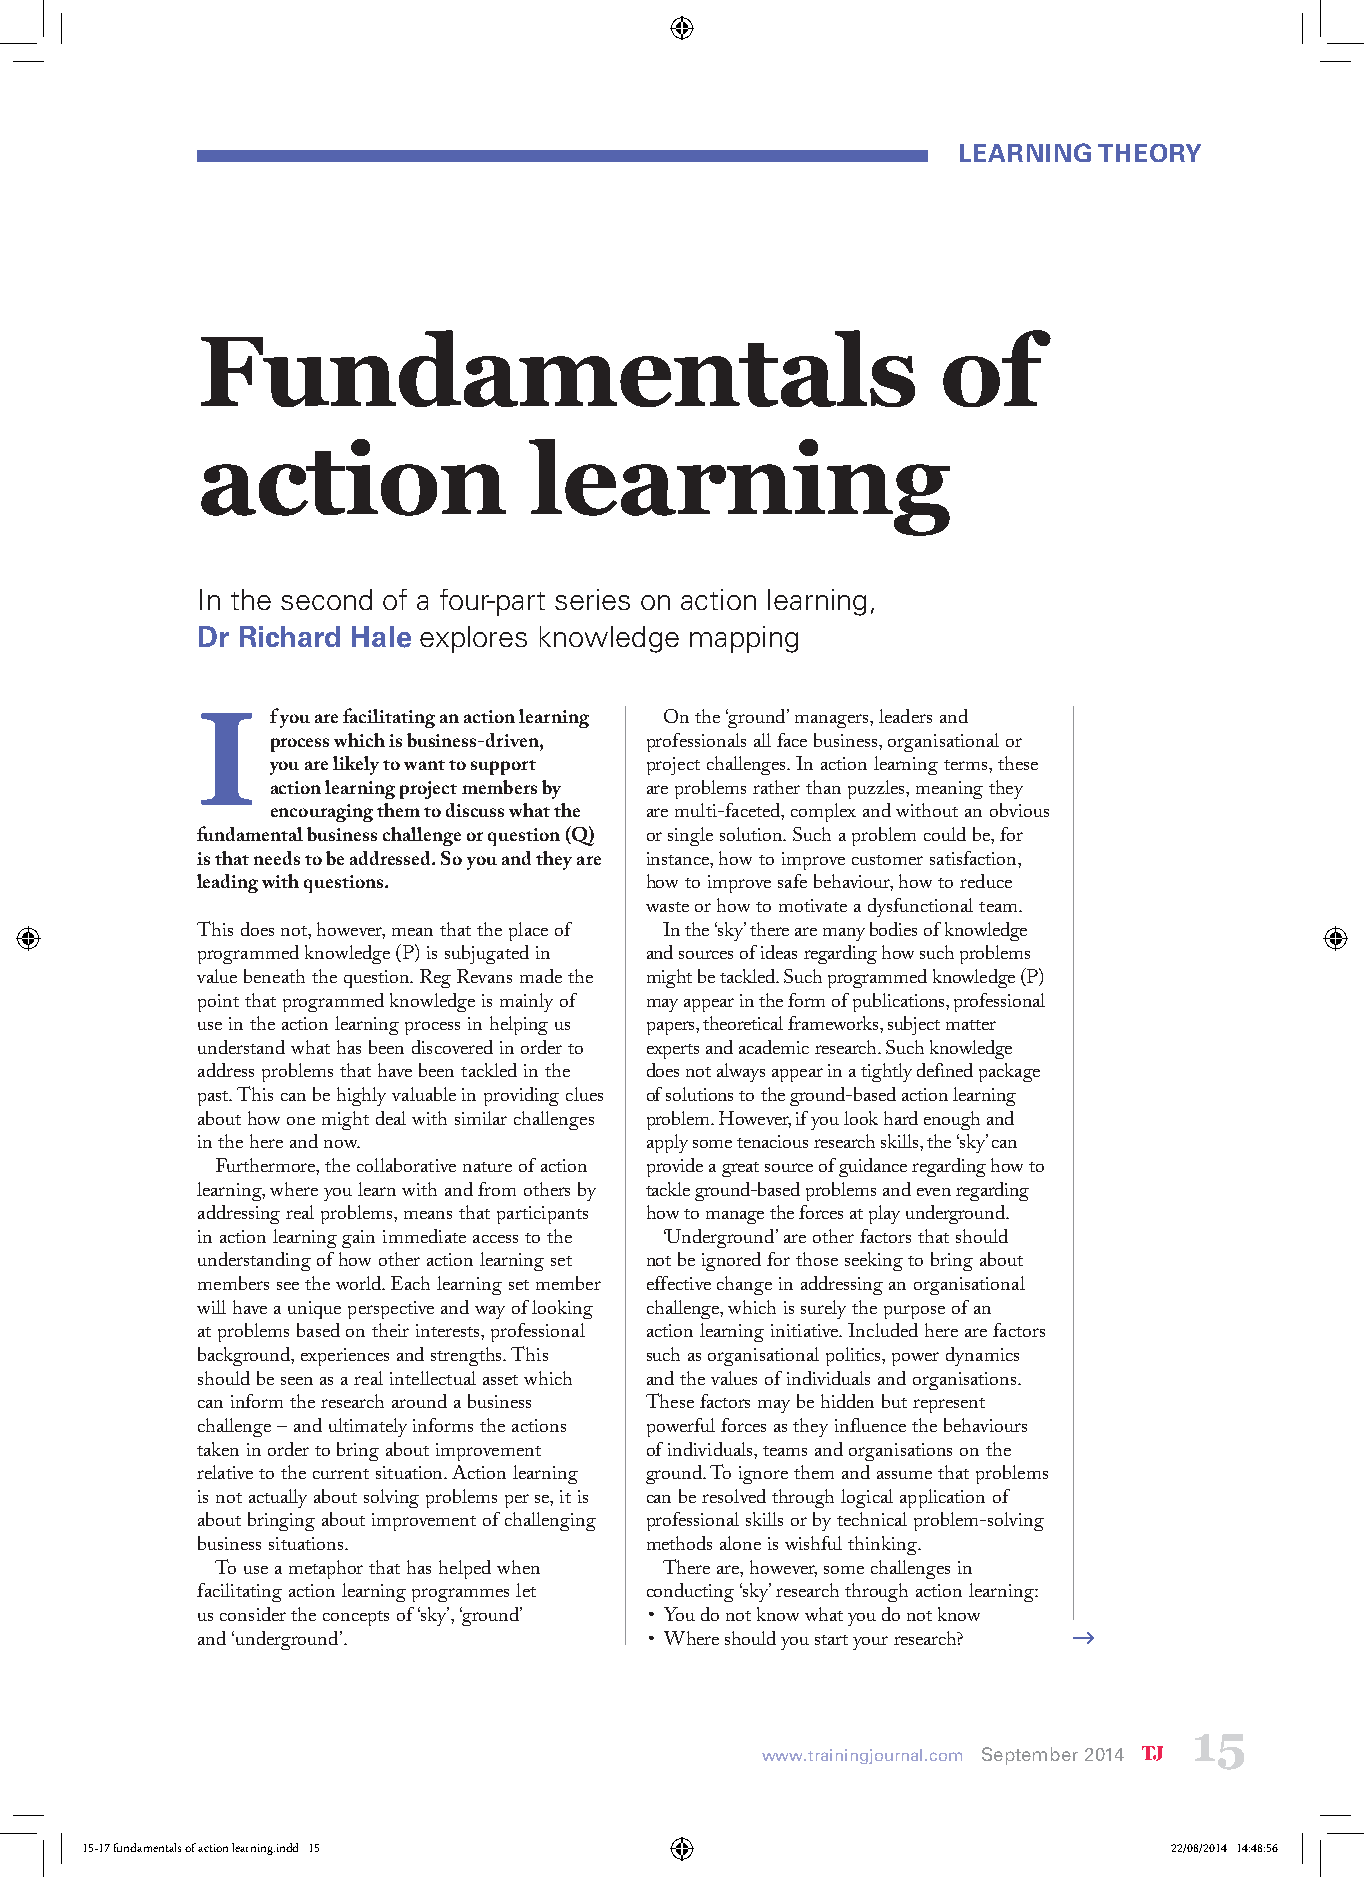
Learning  theory
 Fundamentals                                     of
 action                learning
 In the second of a four-part series on action learning,
 Dr Richard Hale explores knowledge mapping
 I    f you are facilitating an action learning On the ‘ground’ managers, leaders and
 process which is business-driven, professionals all face business, organisational or
 you are likely to want to support project challenges. In action learning terms, these
 action learning project members by are problems rather than puzzles, meaning they
 encouraging them to discuss what the are multi-faceted, complex and without an obvious
 fundamental business challenge or question (Q) or single solution. Such a problem could be, for
 is that needs to be addressed. So you and they are instance, how to improve customer satisfaction,
 leading with questions.       how to improve safe behaviour, how to reduce
 waste or how to motivate a dysfunctional team.
 This does not, however, mean that the place of In the ‘sky’ there are many bodies of knowledge
 programmed knowledge (P) is subjugated in and sources of ideas regarding how such problems
 value beneath the question. Reg Revans made the might be tackled. Such programmed knowledge (P)
 point that programmed knowledge is mainly of may appear in the form of publications, professional
 use in the action learning process in helping us papers, theoretical frameworks, subject matter
 understand what has been discovered in order to experts and academic research. Such knowledge
 address problems that have been tackled in the does not always appear in a tightly defined package
 past. This can be highly valuable in providing clues of solutions to the ground-based action learning
 about how one might deal with similar challenges problem. However, if you look hard enough and
 in the here and now.          apply some tenacious research skills, the ‘sky’ can
 Furthermore, the collaborative nature of action provide a great source of guidance regarding how to
 learning, where you learn with and from others by tackle ground-based problems and even regarding
 addressing real problems, means that participants how to manage the forces at play underground.
 in action learning gain immediate access to the ‘Underground’ are other factors that should
 understanding of how other action learning set not be ignored for those seeking to bring about
 members see the world. Each learning set member effective change in addressing an organisational
 will have a unique perspective and way of looking challenge, which is surely the purpose of an
 at problems based on their interests, professional action learning initiative. Included here are factors
 background, experiences and strengths. This such as organisational politics, power dynamics
 should be seen as a real intellectual asset which and the values of individuals and organisations.
 can inform the research around a business These factors may be hidden but represent
 challenge – and ultimately informs the actions powerful forces as they influence the behaviours
 taken in order to bring about improvement of individuals, teams and organisations on the
 relative to the current situation. Action learning ground. To ignore them and assume that problems
 is not actually about solving problems per se, it is can be resolved through logical application of
 about bringing about improvement of challenging professional skills or by technical problem-solving
 business situations.          methods alone is wishful thinking.
 To use a metaphor that has helped when There are, however, some challenges in
 facilitating action learning programmes let conducting ‘sky’ research through action learning:
 us consider the concepts of ‘sky’, ‘ground’ • You do not know what you do not know
 and ‘underground’.            • Where should you start your research?
 15
 www.trainingjournal.com September 2014
 15-17 fundamentals of action learning.indd 15                           22/08/2014 14:48:56